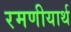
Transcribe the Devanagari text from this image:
रमणीयार्थ